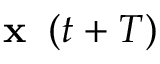
\textbf { x } \left( t + T \right)